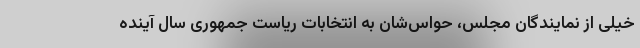
خیلی از نمایندگان مجلس، حواس‌شان به انتخابات ریاست جمهوری سال آینده